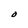
Character: O